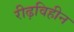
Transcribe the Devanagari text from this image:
रीढ़विहीन